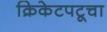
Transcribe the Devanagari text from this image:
क्रिकेटपटूचा